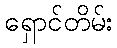
ရှောင်တိမ်း